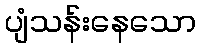
ပျံသန်းနေသော